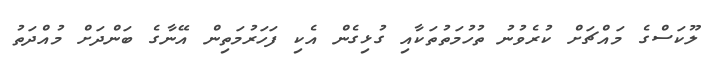
ލޫކަސްގެ މައްޗަށް ކުރެވުނު ތުހުމަތުތަކާއި ގުޅިގެން އެކި ފަހަރުމަތިން އޭނާގެ ބަންދަށް މުއްދަތު